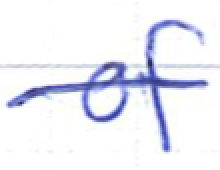
Text: of
Cross-out: single-line
Writing tool: ballpoint